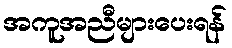
အကူအညီများပေးရန်